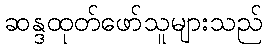
ဆန္ဒထုတ်ဖော်သူများသည်